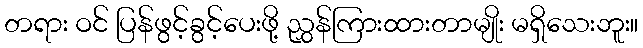
တရား ဝင် ပြန်ဖွင့်ခွင့်ပေးဖို့ ညွှန်ကြားထားတာမျိုး မရှိသေးဘူး။